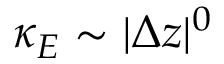
\kappa _ { E } \sim \vert \Delta z \vert ^ { 0 }